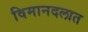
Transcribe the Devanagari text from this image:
विमानदलात